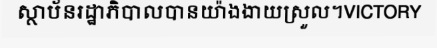
ស្ថាប័នរដ្ឋាភិបាលបានយ៉ាងងាយស្រួល។VICTORY